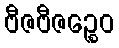
ဗီဇဗီဇဉ္စေဝ